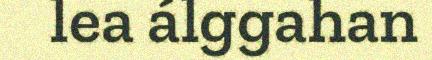
lea álggahan